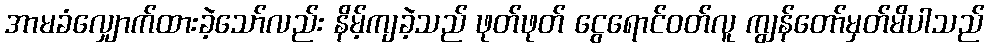
အာမခံလျှောက်ထားခဲ့သော်လည်း နိမ့်ကျခဲ့သည် ဖုတ်ဖုတ် ငွေရောင်ဝတ်လူ ကျွန်တော်မှတ်မိပါသည်